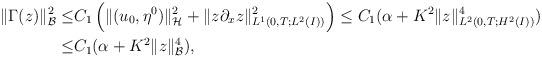
LaTeX: \begin{align*} \|\Gamma(z)\|_{ \mathcal{B}}^2\leq& C_1\left(\|(u_0,\eta^0)\|_{ \mathcal{H}}^2+\|z\partial_x z\|_{L^1(0,T;L^2(I))}^2\right) \leq C_1(\alpha+K^2\|z\|_{L^2(0,T;H^2(I))}^4)\\ \leq& C_1(\alpha+K^2\|z\|_{ \mathcal{B}}^4), \end{align*}